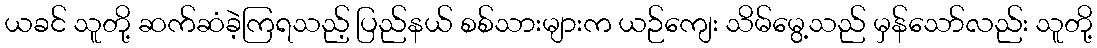
ယခင် သူတို့ ဆက်ဆံခဲ့ကြရသည့် ပြည်နယ် စစ်သားများက ယဉ်ကျေး သိမ်မွေ့သည် မှန်သော်လည်း သူတို့